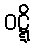
ဝဋ္ဋိ